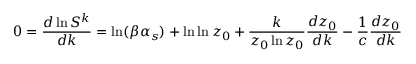
0 = \frac { d \ln S ^ { k } } { d k } = \ln ( \beta \alpha _ { s } ) + \ln \ln z _ { 0 } + \frac { k } { z _ { 0 } \ln z _ { 0 } } \frac { d z _ { 0 } } { d k } - \frac { 1 } { c } \frac { d z _ { 0 } } { d k }